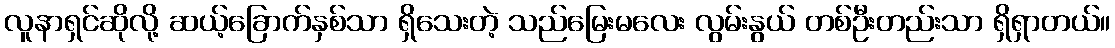
လူနာရှင်ဆိုလို့ ဆယ့်ခြောက်နှစ်သာ ရှိသေးတဲ့ သည်မြေးမလေး လွမ်းနွယ် တစ်ဦးတည်းသာ ရှိရှာတယ်။